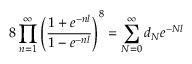
8 \prod _ { n = 1 } ^ { \infty } \left( \frac { 1 + e ^ { - n l } } { 1 - e ^ { - n l } } \right) ^ { 8 } = \sum _ { N = 0 } ^ { \infty } d _ { N } e ^ { - N l }